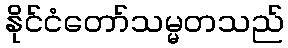
နိုင်ငံတော်သမ္မတသည်